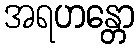
အရဟန္တော